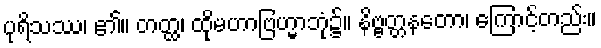
ပုရိသဿ၊ ၏။ တတ္ထ၊ ထိုမဟာဗြဟ္မာဘုံ၌။ နိဗ္ဗတ္တနတော၊ ကြောင့်တည်း။